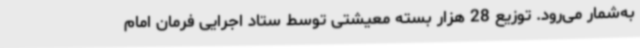
به‌شمار می‌رود. توزیع 28 هزار بسته معیشتی توسط ستاد اجرایی فرمان امام